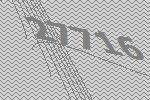
27716